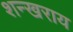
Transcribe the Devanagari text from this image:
शन्खराय